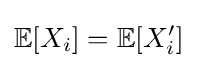
\mathbb {E} [X_{i}]=\mathbb {E} [X'_{i}]